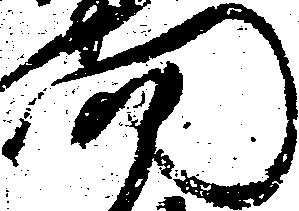
門